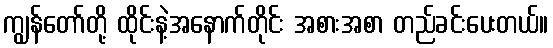
ကျွန်တော်တို့ ထိုင်းနဲ့အနောက်တိုင်း အစားအစာ တည်ခင်းပေးတယ်။